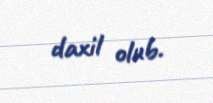
daxil olub.